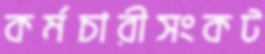
কর্মচারীসংকট